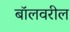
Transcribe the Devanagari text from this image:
बॉलवरील